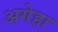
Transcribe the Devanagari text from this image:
अगेहा